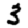
Digit: 3